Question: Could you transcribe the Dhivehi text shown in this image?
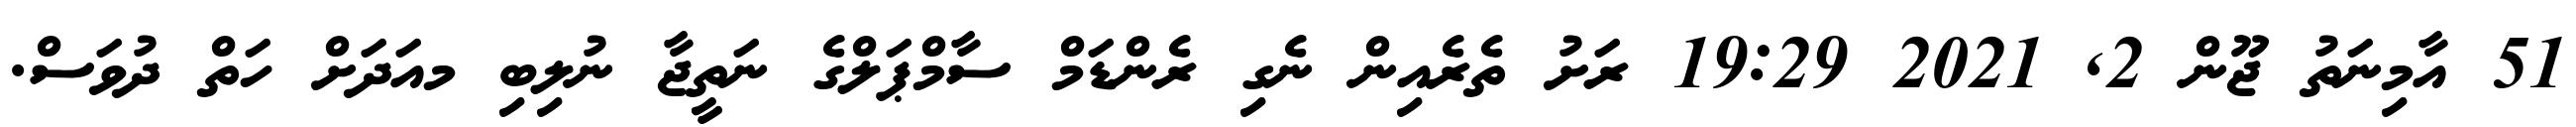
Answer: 51 އާމިނަތު ޖޫން 2, 2021 19:29 ރަށު ތެރެއިން ނެގި ރެންޑަމް ސާމްޕަލްގެ ނަތީޖާ ނުލިބި މއަދަށް ހަތް ދުވަސް.